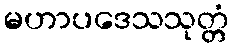
မဟာပဒေသသုတ္တံ